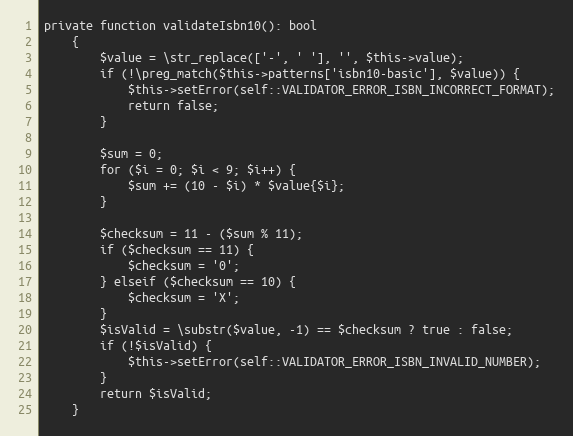
Language: PHP
private function validateIsbn10(): bool
    {
        $value = \str_replace(['-', ' '], '', $this->value);
        if (!\preg_match($this->patterns['isbn10-basic'], $value)) {
            $this->setError(self::VALIDATOR_ERROR_ISBN_INCORRECT_FORMAT);
            return false;
        }

        $sum = 0;
        for ($i = 0; $i < 9; $i++) {
            $sum += (10 - $i) * $value{$i};
        }

        $checksum = 11 - ($sum % 11);
        if ($checksum == 11) {
            $checksum = '0';
        } elseif ($checksum == 10) {
            $checksum = 'X';
        }
        $isValid = \substr($value, -1) == $checksum ? true : false;
        if (!$isValid) {
            $this->setError(self::VALIDATOR_ERROR_ISBN_INVALID_NUMBER);
        }
        return $isValid;
    }